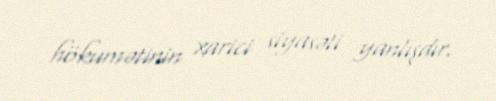
hökumətinin xarici siyasəti yanlışdır.